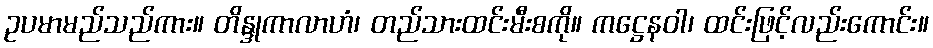
ဥပမာမည်သည်ကား။ တိန္ဒုကာလာဟံ၊ တည်သားထင်းမီးစကို။ ကဋ္ဌေနဝါ၊ ထင်းဖြင့်လည်းကောင်း။